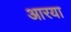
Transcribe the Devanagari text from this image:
आरया